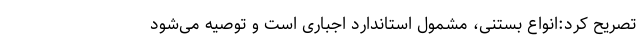
تصریح کرد:انواع بستنی، مشمول استاندارد اجباری است و توصیه می‌شود